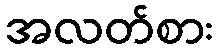
အလတ်စား